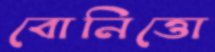
বোনিত্তো